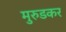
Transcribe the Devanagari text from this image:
मुरुडकर